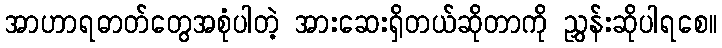
အာဟာရဓာတ်တွေအစုံပါတဲ့ အားဆေးရှိတယ်ဆိုတာကို ညွှန်းဆိုပါရစေ။